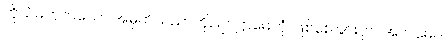
ကိုယ်မဟုတ်သော အမှတ်သညာကို။ ဥပဋ္ဌာမေတုံ၊ ဖြစ်စေခြင်းငှာ။ အလမေဝ၊